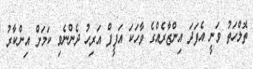
ތޮލްހަތު ވަނީ އެފަދަ އިންޒާރެއްގެ ވާހަކަ އަފީފް އަރިހު ދެންނެވި ކަމަށް އިންކާރު